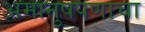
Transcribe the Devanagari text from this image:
अमानुषपणाचा